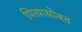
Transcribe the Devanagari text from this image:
पित्यासोबत